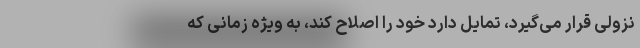
نزولی قرار می‌گیرد، تمایل دارد خود را اصلاح کند، به ویژه زمانی که